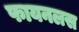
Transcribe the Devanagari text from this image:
फायनलस